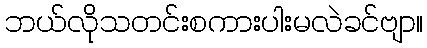
ဘယ်လိုသတင်းစကားပါးမလဲခင်ဗျာ။